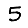
Digit: 5